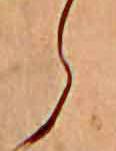
ら